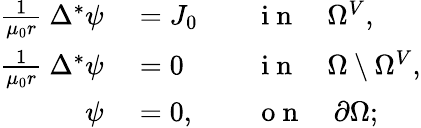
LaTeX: \begin{array}{rlrl}{\frac{1}{\mu_{0}r}~\Delta^{*}\psi}&{{}=J_{0}}&{}&{{}\mathrm{~i~n~}\quad\Omega^{V},}\\ {\frac{1}{\mu_{0}r}~\Delta^{*}\psi}&{{}=0}&{}&{{}\mathrm{~i~n~}\quad\Omega\setminus\Omega^{V},}\\ {\psi}&{{}=0,}&{}&{{}\mathrm{~o~n~}\quad\partial\Omega;}\end{array}